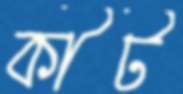
কীট